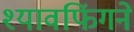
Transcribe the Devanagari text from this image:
श्यावफिंगने